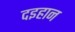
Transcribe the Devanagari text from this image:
दइहान